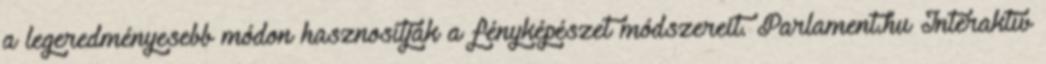
a legeredményesebb módon hasznosítják a fényképészet módszereit. Parlament.hu Interaktív